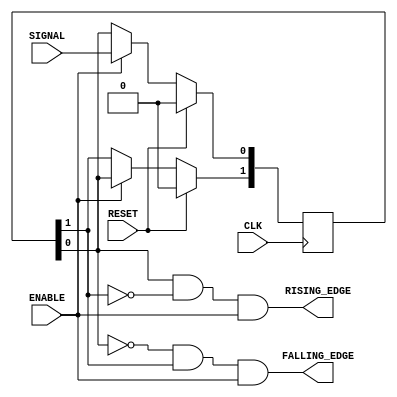
//                              -*- Mode: Verilog -*-
// Description     : Edge Detection
// Last Modified By: Philip Tracton
// Update Count    : 0
// Status          : Unknown, Use with caution!

module edged_detector (/*AUTOARG*/
   // Outputs
   RISING_EDGE, FALLING_EDGE,
   // Inputs
   CLK, RESET, ENABLE, SIGNAL
   ) ;

   //---------------------------------------------------------------------------
   //
   // PARAMETERS
   //
   //---------------------------------------------------------------------------

   //---------------------------------------------------------------------------
   //
   // PORTS
   //
   //---------------------------------------------------------------------------
   
   input CLK;              // Clock for sampling the input SIGNAL
   input RESET;            // Clock Synchronous Active High
   input ENABLE;           // When asserted (1) this block is active, else block is not active   
   input SIGNAL;           // The signal we are watching for state change
   output RISING_EDGE;     // Asserted when the input SIGNAL goes from 0 --> 1
   output FALLING_EDGE;    // Asserted when the input SIGNAL goes from 1 --> 0


   //---------------------------------------------------------------------------
   //
   // Registers 
   //
   //---------------------------------------------------------------------------
   
   reg [1:0] previous;
   
   //---------------------------------------------------------------------------
   //
   // WIRES
   //
   //---------------------------------------------------------------------------
   wire      FALLING_EDGE;
   wire      RISING_EDGE;
   
   
   //---------------------------------------------------------------------------
   //
   // COMBINATIONAL LOGIC
   //
   //---------------------------------------------------------------------------
   
   //
   // FALLING EDGE is when the new signal (previous[0]) is low (falling) and the
   // previous state of the signal is high.
   //
   assign FALLING_EDGE = ((!previous[0]) && (previous[1]) && ENABLE);

   //
   // RISING EDGE is when the new signal (previous[0]) is high (rising) and the
   // the previous state of the signal is low
   //
   assign RISING_EDGE  = ((previous[0])  && (!previous[1]) && ENABLE);


   //---------------------------------------------------------------------------
   //
   // SEQUENTIAL LOGIC
   //
   //---------------------------------------------------------------------------
   
   //
   // Sample the input and hold the last 2 clocks worth of value.
   // We want to detect between the 2 previous signals to ensure
   // that we hold the output values for a full clock cyle.
   // 
   //
   always @(posedge CLK)
     if (RESET) begin
        previous <= 2'b0;       
     end else if (ENABLE) begin
        previous[0] <= SIGNAL;
	previous[1] <= previous[0];	
     end
   
endmodule // edged_detector